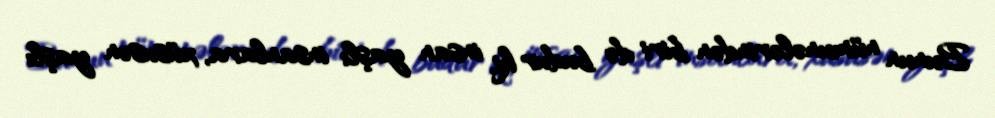
Bunun nümunələrindən biri də budur ki, insan yaşlı insanlara, xüsusən yaşlı